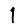
Digit: 1